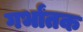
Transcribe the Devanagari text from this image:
गर्भांतक